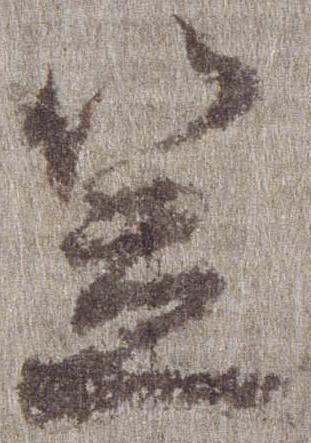
笠